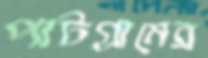
পাটগ্রামের